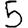
Digit: 5